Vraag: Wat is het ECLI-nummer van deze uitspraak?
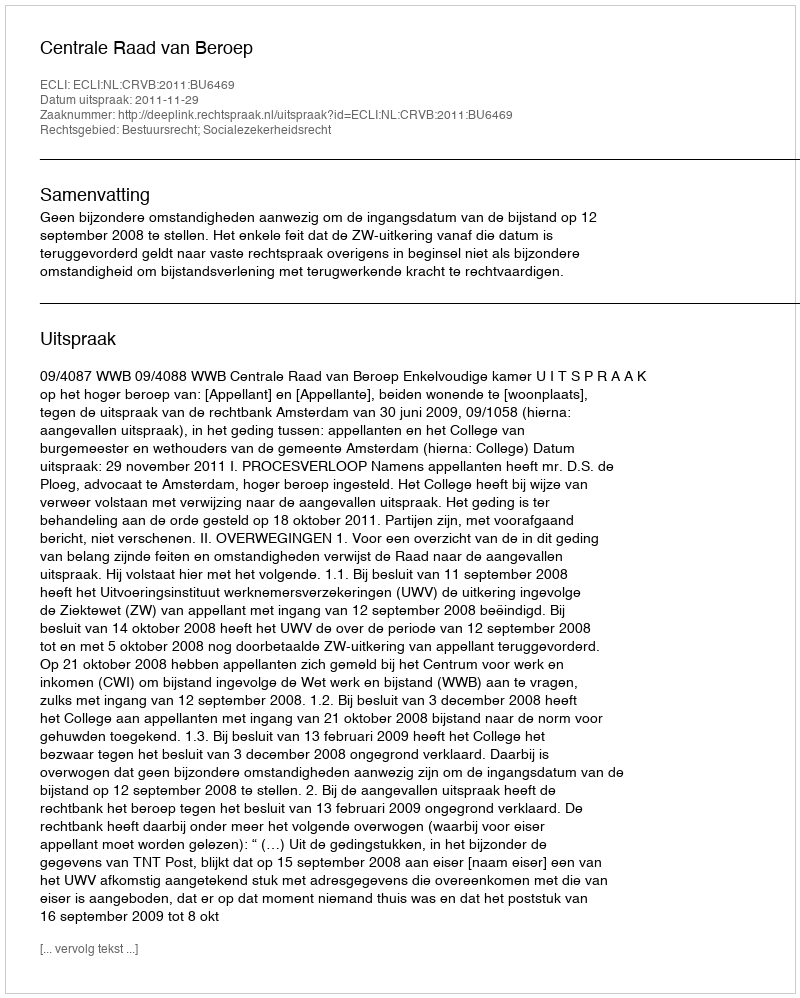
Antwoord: ECLI:NL:CRVB:2011:BU6469